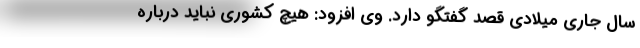
سال جاری میلادی قصد گفتگو دارد. وی افزود: هیچ کشوری نباید درباره